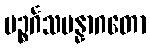
ပဉ္စင်္ဂသမန္နာဂတော